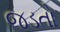
જડતો